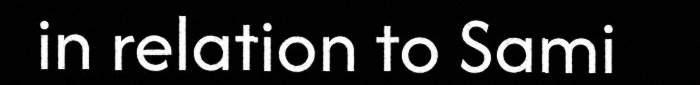
in relation to Sami